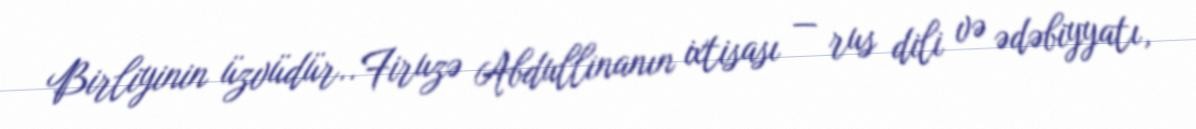
Birliyinin üzvüdür.. Firuzə Abdullinanın ixtisası — rus dili və ədəbiyyatı,